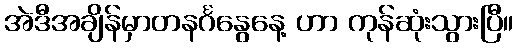
အဲဒီအချိန်မှာတနင်္ဂနွေနေ့ ဟာ ကုန်ဆုံးသွားပြီ။